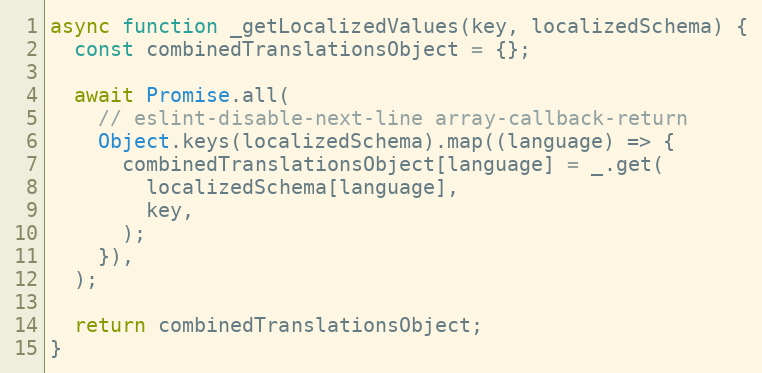
Language: JavaScript
async function _getLocalizedValues(key, localizedSchema) {
  const combinedTranslationsObject = {};

  await Promise.all(
    // eslint-disable-next-line array-callback-return
    Object.keys(localizedSchema).map((language) => {
      combinedTranslationsObject[language] = _.get(
        localizedSchema[language],
        key,
      );
    }),
  );

  return combinedTranslationsObject;
}